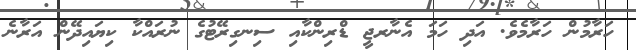
ހަރާމުން ހަރާމެވެ. އަދި ހަމަ އެނާރޖީ ޑްރިންކާއި ސިނގިރޭޓުގެ ނުރައްކާ ކިޔައިދޭން އަރާނެ